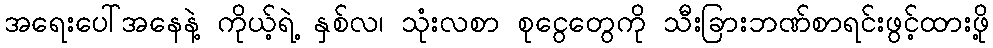
အရေးပေါ်အနေနဲ့ ကိုယ့်ရဲ့ နှစ်လ၊ သုံးလစာ စုငွေတွေကို သီးခြားဘဏ်စာရင်းဖွင့်ထားဖို့